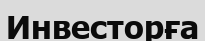
Инвесторға